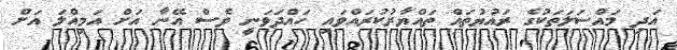
އަދި މައްސަލަތަކުގެ ރައުޔުތައް ތައްޔާރުކުރައްވައި ހައްދަވަނީ ވެސް އޭނާ އަށް އަމިއްލަ އަށް